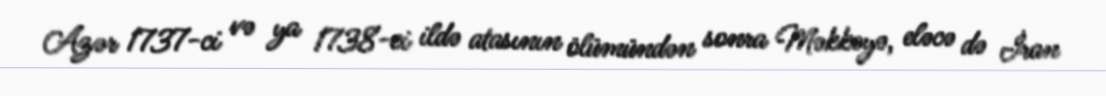
Azər 1737-ci və ya 1738-ci ildə atasının ölümündən sonra Məkkəyə, eləcə də İran